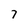
Character: 7